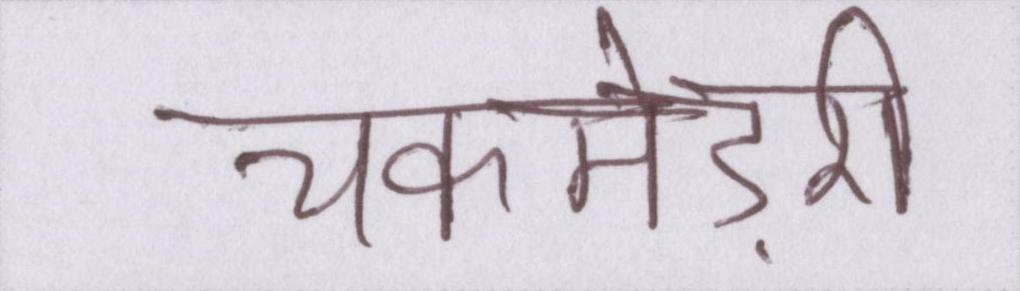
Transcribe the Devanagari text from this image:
चकमेड़री